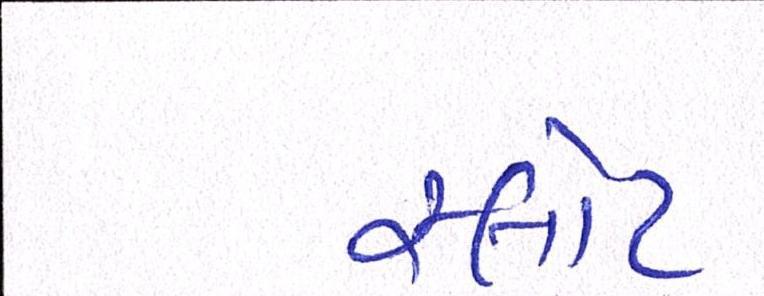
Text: સ્લોટ